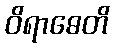
ဝိရာဓေတိ